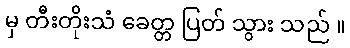
မှ တီးတိုးသံ ခေတ္တ ပြတ် သွား သည် ။